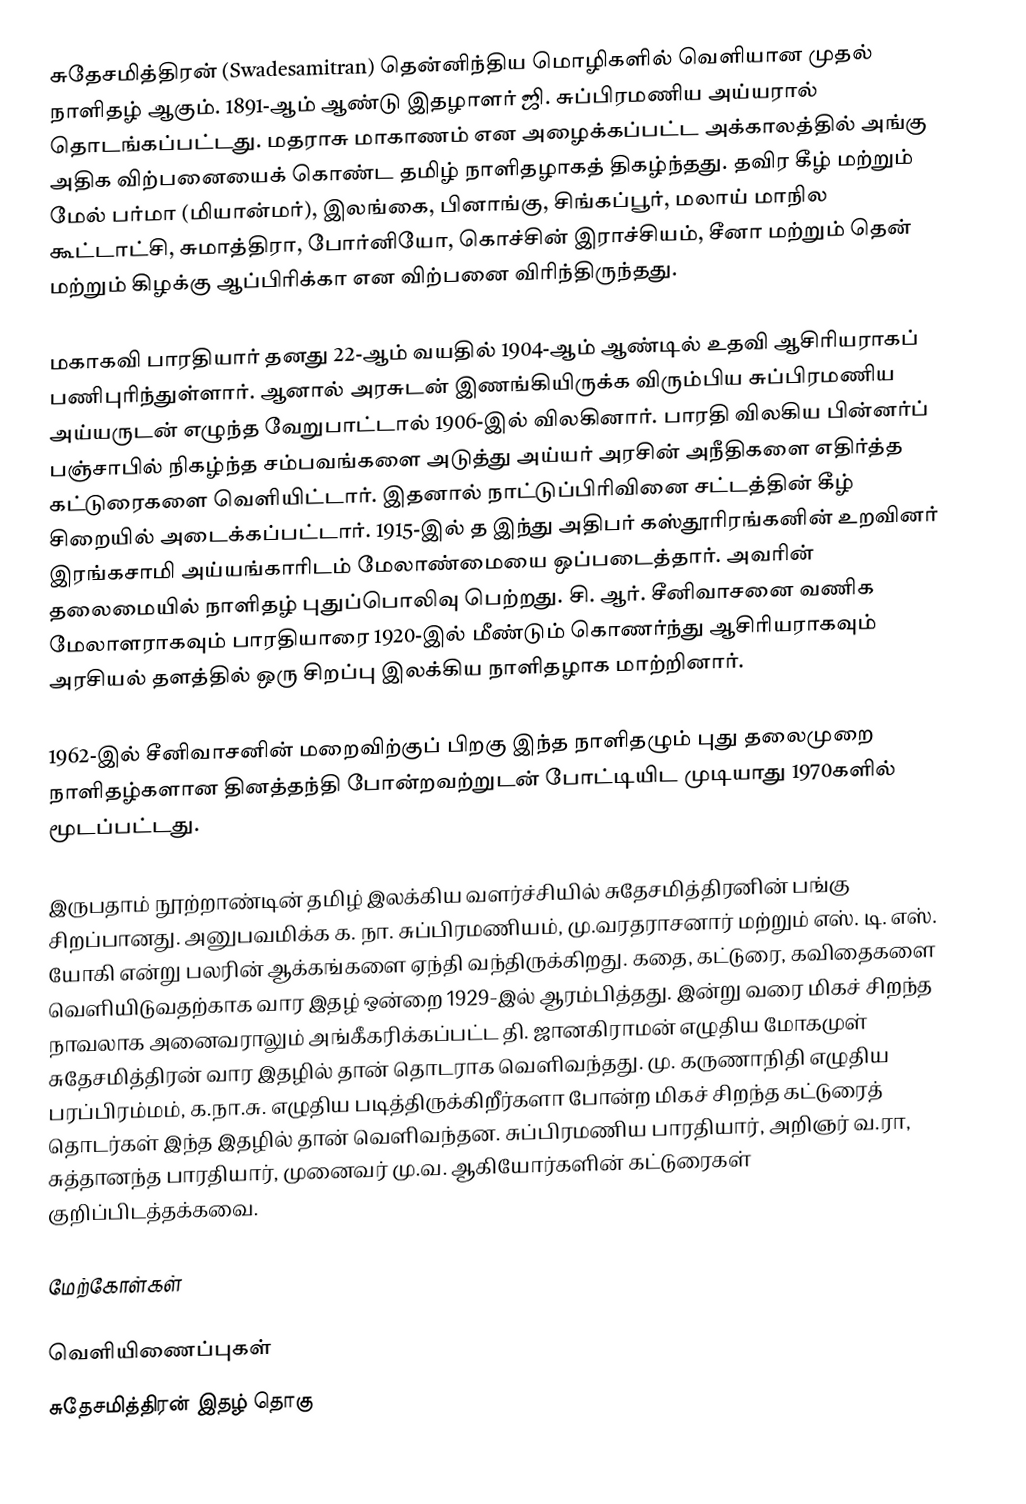
சுதேசமித்திரன் (Swadesamitran) தென்னிந்திய மொழிகளில் வெளியான முதல் நாளிதழ் ஆகும். 1891-ஆம் ஆண்டு இதழாளர் ஜி. சுப்பிரமணிய அய்யரால் தொடங்கப்பட்டது. மதராசு மாகாணம் என அழைக்கப்பட்ட அக்காலத்தில் அங்கு அதிக விற்பனையைக் கொண்ட தமிழ் நாளிதழாகத் திகழ்ந்தது. தவிர கீழ் மற்றும் மேல் பர்மா (மியான்மர்), இலங்கை, பினாங்கு, சிங்கப்பூர், மலாய் மாநில கூட்டாட்சி, சுமாத்திரா, போர்னியோ, கொச்சின் இராச்சியம், சீனா மற்றும் தென் மற்றும் கிழக்கு ஆப்பிரிக்கா என விற்பனை விரிந்திருந்தது.

மகாகவி பாரதியார் தனது 22-ஆம் வயதில் 1904-ஆம் ஆண்டில் உதவி ஆசிரியராகப் பணிபுரிந்துள்ளார். ஆனால் அரசுடன் இணங்கியிருக்க விரும்பிய சுப்பிரமணிய அய்யருடன் எழுந்த வேறுபாட்டால் 1906-இல் விலகினார். பாரதி விலகிய பின்னர்ப் பஞ்சாபில் நிகழ்ந்த சம்பவங்களை அடுத்து அய்யர் அரசின் அநீதிகளை எதிர்த்த கட்டுரைகளை வெளியிட்டார். இதனால் நாட்டுப்பிரிவினை சட்டத்தின் கீழ் சிறையில் அடைக்கப்பட்டார். 1915-இல் த இந்து அதிபர் கஸ்தூரிரங்கனின் உறவினர் இரங்கசாமி அய்யங்காரிடம் மேலாண்மையை ஒப்படைத்தார். அவரின் தலைமையில் நாளிதழ் புதுப்பொலிவு பெற்றது. சி. ஆர். சீனிவாசனை வணிக மேலாளராகவும் பாரதியாரை 1920-இல் மீண்டும் கொணர்ந்து ஆசிரியராகவும் அரசியல் தளத்தில் ஒரு சிறப்பு இலக்கிய நாளிதழாக மாற்றினார்.

1962-இல் சீனிவாசனின் மறைவிற்குப் பிறகு இந்த நாளிதழும் புது தலைமுறை நாளிதழ்களான தினத்தந்தி போன்றவற்றுடன் போட்டியிட முடியாது 1970களில் மூடப்பட்டது.

இருபதாம் நூற்றாண்டின் தமிழ் இலக்கிய வளர்ச்சியில் சுதேசமித்திரனின் பங்கு சிறப்பானது. அனுபவமிக்க க. நா. சுப்பிரமணியம், மு.வரதராசனார் மற்றும் எஸ். டி. எஸ். யோகி என்று பலரின் ஆக்கங்களை ஏந்தி வந்திருக்கிறது. கதை, கட்டுரை, கவிதைகளை வெளியிடுவதற்காக வார இதழ் ஒன்றை 1929-இல் ஆரம்பித்தது. இன்று வரை மிகச் சிறந்த நாவலாக அனைவராலும் அங்கீகரிக்கப்பட்ட தி. ஜானகிராமன் எழுதிய மோகமுள் சுதேசமித்திரன் வார இதழில் தான் தொடராக வெளிவந்தது. மு. கருணாநிதி எழுதிய பரப்பிரம்மம், க.நா.சு. எழுதிய படித்திருக்கிறீர்களா போன்ற மிகச் சிறந்த கட்டுரைத் தொடர்கள் இந்த இதழில் தான் வெளிவந்தன. சுப்பிரமணிய பாரதியார், அறிஞர் வ.ரா, சுத்தானந்த பாரதியார், முனைவர் மு.வ. ஆகியோர்களின் கட்டுரைகள் குறிப்பிடத்தக்கவை.

மேற்கோள்கள்

வெளியிணைப்புகள்
சுதேசமித்திரன் இதழ் தொகு